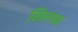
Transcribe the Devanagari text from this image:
सिन्गम